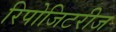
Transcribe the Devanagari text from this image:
रिपोजिटरीज